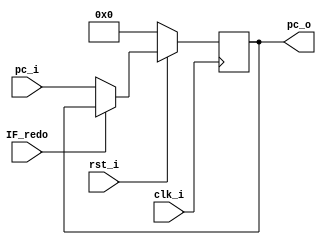
`timescale 1ns/1ps

module ProgramCounter(
    input clk_i,
    input rst_i,
    input IF_redo,
    input [31:0] pc_i,
    output reg [31:0] pc_o
);

    always @(posedge clk_i) begin
        if(~rst_i)begin
            pc_o <= 32'd0 ;
        end
        else if(IF_redo)begin
            pc_o <= pc_o ;
        end
        else begin
            pc_o <= pc_i ; 
        end
    end

endmodule